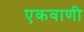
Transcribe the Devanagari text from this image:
एकवाणी